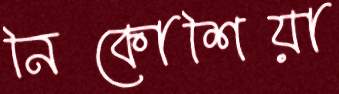
নিকোশিয়া